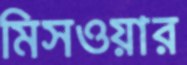
মিসওয়ার